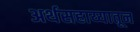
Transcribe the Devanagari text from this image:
अर्थसहाय्यातून